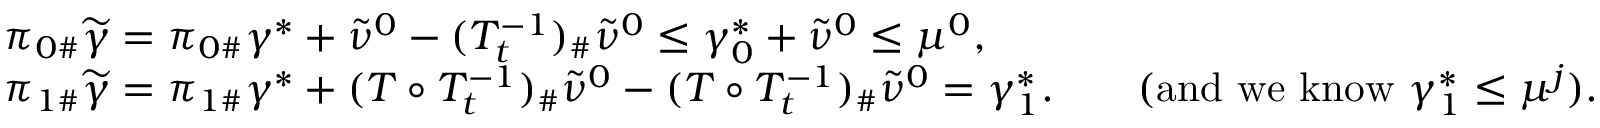
\begin{array} { r l } & { \pi _ { 0 \# } \widetilde { \gamma } = \pi _ { 0 \# } \gamma ^ { * } + \widetilde { \nu } ^ { 0 } - ( T _ { t } ^ { - 1 } ) _ { \# } \widetilde { \nu } ^ { 0 } \leq \gamma _ { 0 } ^ { * } + \widetilde { \nu } ^ { 0 } \leq \mu ^ { 0 } , } \\ & { \pi _ { 1 \# } \widetilde { \gamma } = \pi _ { 1 \# } \gamma ^ { * } + ( T \circ T _ { t } ^ { - 1 } ) _ { \# } \widetilde { \nu } ^ { 0 } - ( T \circ T _ { t } ^ { - 1 } ) _ { \# } \widetilde { \nu } ^ { 0 } = \gamma _ { 1 } ^ { * } . \qquad ( \mathrm { a n d ~ w e ~ k n o w ~ } \gamma _ { 1 } ^ { * } \leq \mu ^ { j } ) . } \end{array}